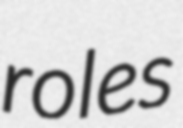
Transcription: roles